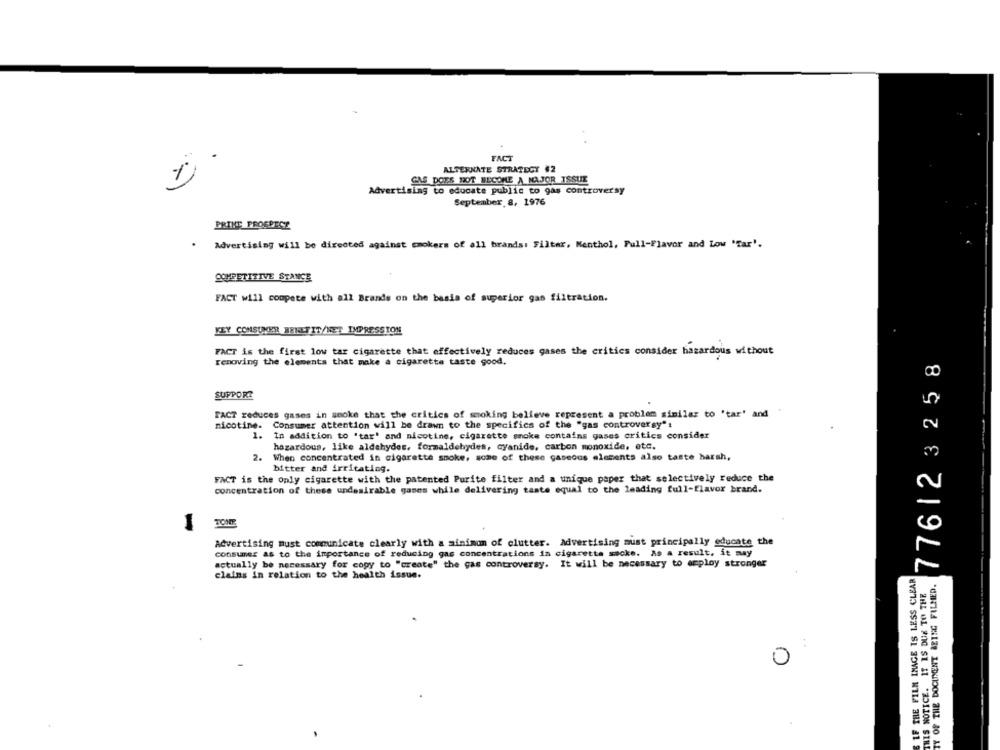
FACT
ALTERNATE STRATEGY #2
GAS DOES NOT BECOME A MAJOR ISSUE
Advertising to educate public to gas controversy
September 8, 1976
PRINT PROSPECT
Advertising will be directed against smokers of all brands: Filter, Menthol, Full-Flavor and Low "Tar'.
COMPETITIVE STANCE
FACT will compete with all Brands on the basis of superior gas filtration.
FEY CONSUMER BENEFIT/NET IMPRESSION
FACT is the first low tar cigarette that effectively reduces gases the critics consider hazardous without
removing the elements that make a cigarette taste good.
776123258
SUPPORT
FACT reduces gases in smoke that the critics of smoking believe represent a problem similar to 'tar' and
nicotine.
Consumer attention will be drawn to the specifics of the "gas controversy":
1. In addition to 'tar' and nicotine, cigarette smoke contains gases critics consider
hazardous, like aldehydes, formaldehydes, cyanide, carbon monoxide, etc.
2. When concentrated in cigarette smoke, some of these gaseous elements also taste harsh,
bitter and irritating.
FACT is the only cigarette with the patented Purite filter and a unique paper that selectively reduce the
concentration of these undesirable gases while delivering taste equal to the leading full-flavor brand.
1
TONE
Advertising must communicate clearly with a minimum of clutter. Advertising must principally educate the
consumer as to the importance of reducing gas concentrations in cigarette secke. As a result, it may
actually be necessary for copy to "create" the gas controversy. It will be necessary to employ stronger
claims in relation to the health issue.
IF THE FILM IMAGE IS LESS CLEAR
TY OF THE DOCUMENT BEING FILMED.
THIS NOTICE. IT IS DUE TO THE
0